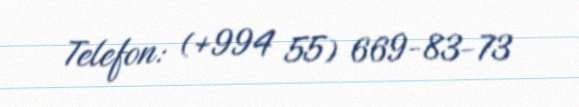
Telefon: (+994 55) 669-83-73